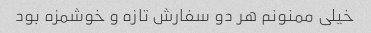
خیلی ممنونم هر دو سفارش تازه و خوشمزه بود